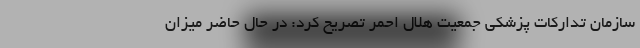
سازمان تدارکات پزشکی جمعیت هلال احمر تصریح کرد: در حال حاضر میزان